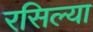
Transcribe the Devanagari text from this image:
रसिल्या